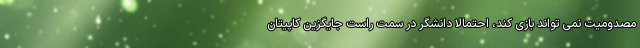
مصدومیت نمی تواند بازی کند، احتمالا دانشگر در سمت راست جایگزین کاپیتان